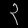
Digit: ၃